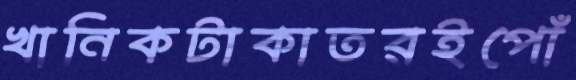
খানিকটাকাতরইপোঁ